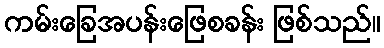
ကမ်းခြေအပန်းဖြေစခန်း ဖြစ်သည်။